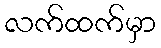
လက်ထက်မှာ